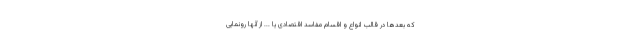
که بعدها در قالب انواع و اقسام مفاسد اقتصادی یا ... از آنها رونمایی